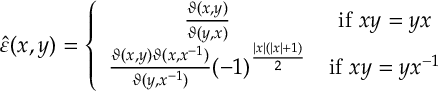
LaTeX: \hat { \varepsilon } ( x , y ) = \left\{ \begin{array} { c c } { { \frac { \vartheta ( x , y ) } { \vartheta ( y , x ) } } } & { { \mathrm { i f } \, \, x y = y x } } \\ { { \frac { \vartheta ( x , y ) \vartheta ( x , x ^ { - 1 } ) } { \vartheta ( y , x ^ { - 1 } ) } ( - 1 ) ^ { \frac { \left| x \right| ( \left| x \right| + 1 ) } { 2 } } } } & { { \mathrm { i f } \, \, x y = y x ^ { - 1 } } } \end{array} \right.